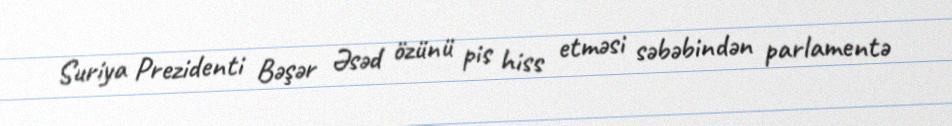
Suriya Prezidenti Bəşər Əsəd özünü pis hiss etməsi səbəbindən parlamentə